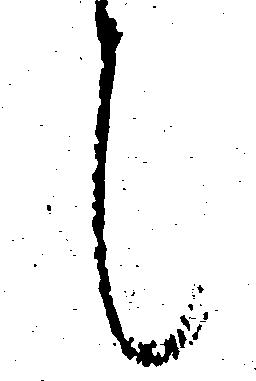
候